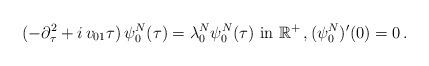
LaTeX: \begin{align*} (-\partial_\tau^2 + i \, v_{01} \tau)\, \psi_0^N (\tau) = \lambda_0 ^N \psi_0^N (\tau) \mbox{ in } \mathbb R^+\,, (\psi_0^N)'(0)=0\,.\end{align*}